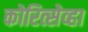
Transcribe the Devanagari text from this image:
कोरित्सेव्हा